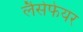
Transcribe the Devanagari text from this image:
लैसेफेयर